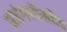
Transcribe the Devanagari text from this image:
अनंगभीमदेव